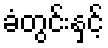
ခံတွင်းနှင့်